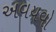
અવયવો